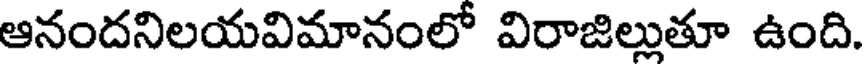
ఆనందనిలయవిమానంలో విరాజిల్లుతూ ఉంది.